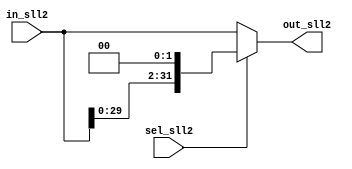
module SLL2 (in_sll2, sel_sll2, out_sll2);
  input [31:0] in_sll2;
  input sel_sll2;
  output [31:0] out_sll2;
  
  assign out_sll2 = (sel_sll2) ? {in_sll2[29:0],2'b0} : in_sll2;
endmodule